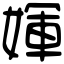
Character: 媈